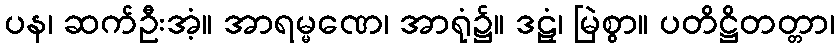
ပန၊ ဆက်ဦးအံ့။ အာရမ္မဏေ၊ အာရုံ၌။ ဒဠှံ၊ မြဲစွာ။ ပတိဋ္ဌိတတ္တာ၊